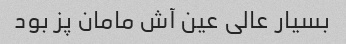
بسیار عالی عین آش مامان پز بود